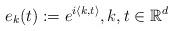
LaTeX: \begin{align*}e_k(t):=e^{i\langle k,t\rangle},k,t\in\mathbb{R}^d\end{align*}